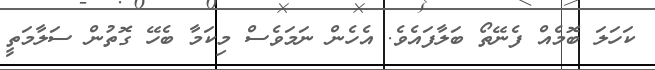
ކަހަލަ ބޮމެއް ފެނޭތޯ ބަލާފައެވެ. އެހެން ނަމަވެސް މިކަމާ ބެހޭ ގޮތުން ސަލާމަތީ